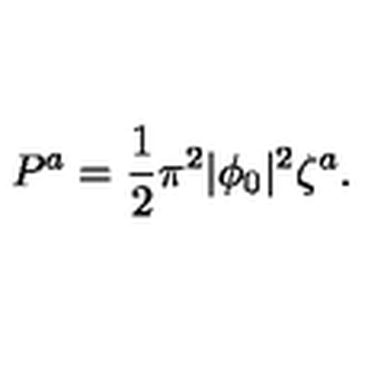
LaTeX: P ^ { a } = { \frac { 1 } { 2 } } \pi ^ { 2 } | \phi _ { 0 } | ^ { 2 } \zeta ^ { a } .